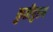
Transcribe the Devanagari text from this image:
कुतीपुरम